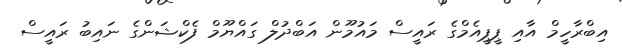
އިބްރާހީމް އާއި ޕީޕީއެމްގެ ރައީސް މައުމޫން އަބްދުލް ގައްޔޫމް ފެކްޝަންގެ ނައިބު ރައީސް